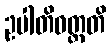
ဥပါတိဝတ္တတိ